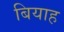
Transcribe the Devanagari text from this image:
बियाह